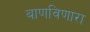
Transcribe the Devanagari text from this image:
बाणविणारा